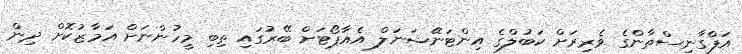
އަފްގާނިސްތާންގެ ވެރިރަށް ކަބުލްގެ އިންޓަނޭޝަނަލް އެއާޕޯޓަށް ބޭރުގައި ތިބި މީހުންނަށް އަމާޒުކޮށް ދިން